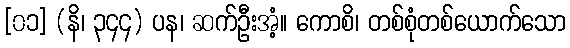
[၀၁] (နိ၊ ၃၄၄) ပန၊ ဆက်ဦးအံ့။ ကောစိ၊ တစ်စုံတစ်ယောက်သော